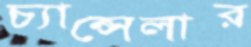
চ্যান্‌সেলার